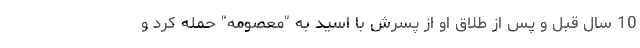
10 سال قبل و پس از طلاق او از پسرش با اسید به "معصومه" حمله کرد و